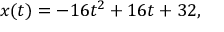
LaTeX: x ( t ) = - 1 6 t ^ { 2 } + 1 6 t + 3 2 , \,